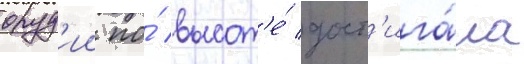
оруд'ии по́ высот'е́ дост'ига́ла